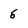
Character: 5